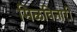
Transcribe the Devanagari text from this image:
मिळविनारी